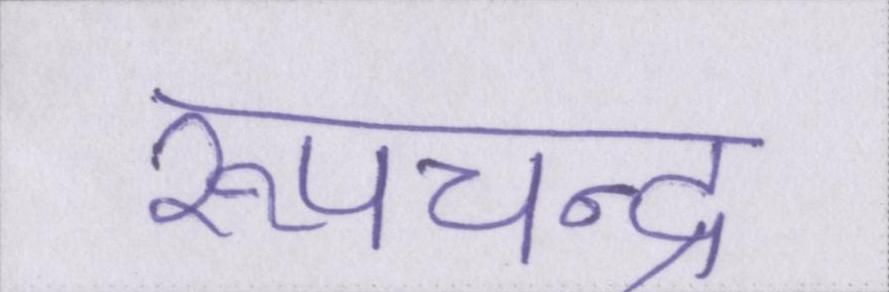
रूपचन्द्र